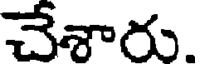
చేశారు.